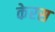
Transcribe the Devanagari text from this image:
केरस